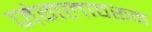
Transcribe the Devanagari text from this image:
जंगलावरून